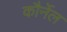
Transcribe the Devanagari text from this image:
कौर्नेल